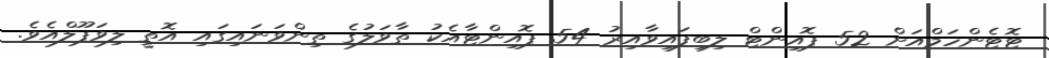
ޓޮޓެންހަމްއަށް 52 ޕޮއިންޓް ލިބިފައިވާއިރު 54 ޕޮއިންޓާއެކު ތާވަލުގެ ތިންވަނައިގައި އޮތީ ލިވަޕޫލްއެވެ.